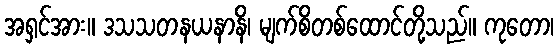
အရှင်အား။ ဒသသတနယနာနိ၊ မျက်စိတစ်ထောင်တို့သည်။ ကုတော၊